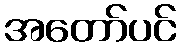
အတော်ပင်